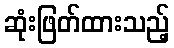
ဆုံးဖြတ်ထားသည့်